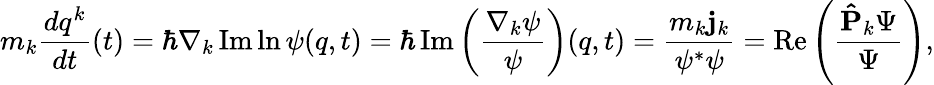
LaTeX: m_{k}{\frac{dq^{k}}{dt}}(t)=\hbar\nabla_{k}\operatorname{Im}\ln\psi(q,t)=\hbar\operatorname{Im}\left({\frac{\nabla_{k}\psi}{\psi}}\right)(q,t)={\frac{m_{k}\mathbf{j}_{k}}{\psi^{*}\psi}}=\operatorname{Re}\left({\frac{\mathbf{\hat{P}}_{k}\Psi}{\Psi}}\right),